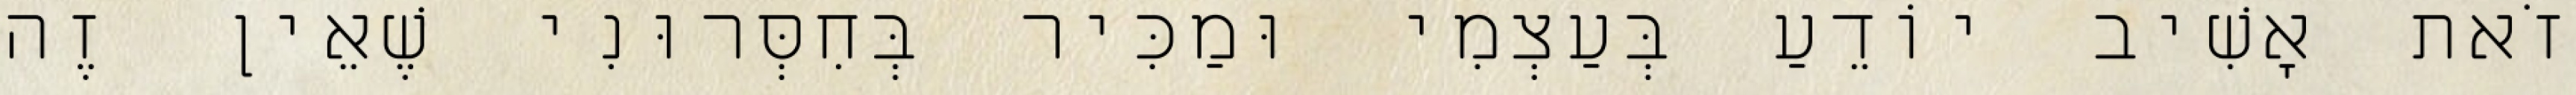
זֹאת אָשִׁיב יוֹדֵעַ בְּעַצְמִי וּמַכִּיר בְּחִסְּרוּנִי שֶׁאֵין זֶה